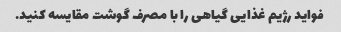
فواید رژیم غذایی گیاهی را با مصرف گوشت مقایسه کنید.